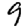
Digit: 9